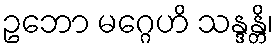
ဥဘော မဂ္ဂေဟိ သန္ဒန္တိ၊